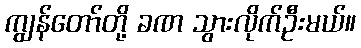
ကျွန်တော်တို့ ခဏ သွားလိုက်ဦးမယ်။